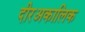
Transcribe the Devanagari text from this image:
दीरअकालिक